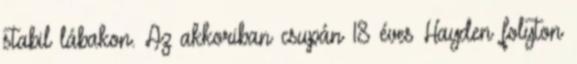
stabil lábakon. Az akkoriban csupán 18 éves Hayden folyton